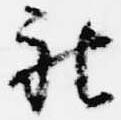
被